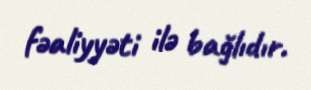
fəaliyyəti ilə bağlıdır.